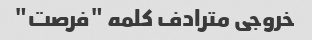
خروجی مترادف کلمه "فرصت"